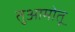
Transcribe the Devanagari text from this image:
तुआमोतू